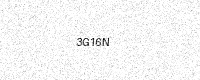
Text: 3G16N